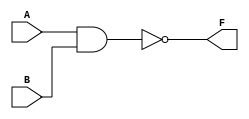

    module KEY_NAND_LED ( A,B,F );
    input A,B;            // ??????
    output F;             // ??????
    assign F =~(A & B);   //??A B???1 ;LED?????
                          //??A B??????? LED????
    endmodule